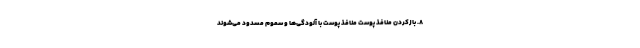
۸. بازکردن منافذ پوست منافذ پوست با آلودگی‌ها و سموم مسدود می‌شوند